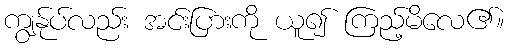
ကျွန်ုပ်လည်း အင်းပြားကို ယူ၍ ကြည့်မိလေ၏။